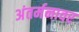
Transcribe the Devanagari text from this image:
अंतर्मनावर